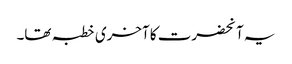
یہ آنحضرت کا آخری خطبہ تھا۔